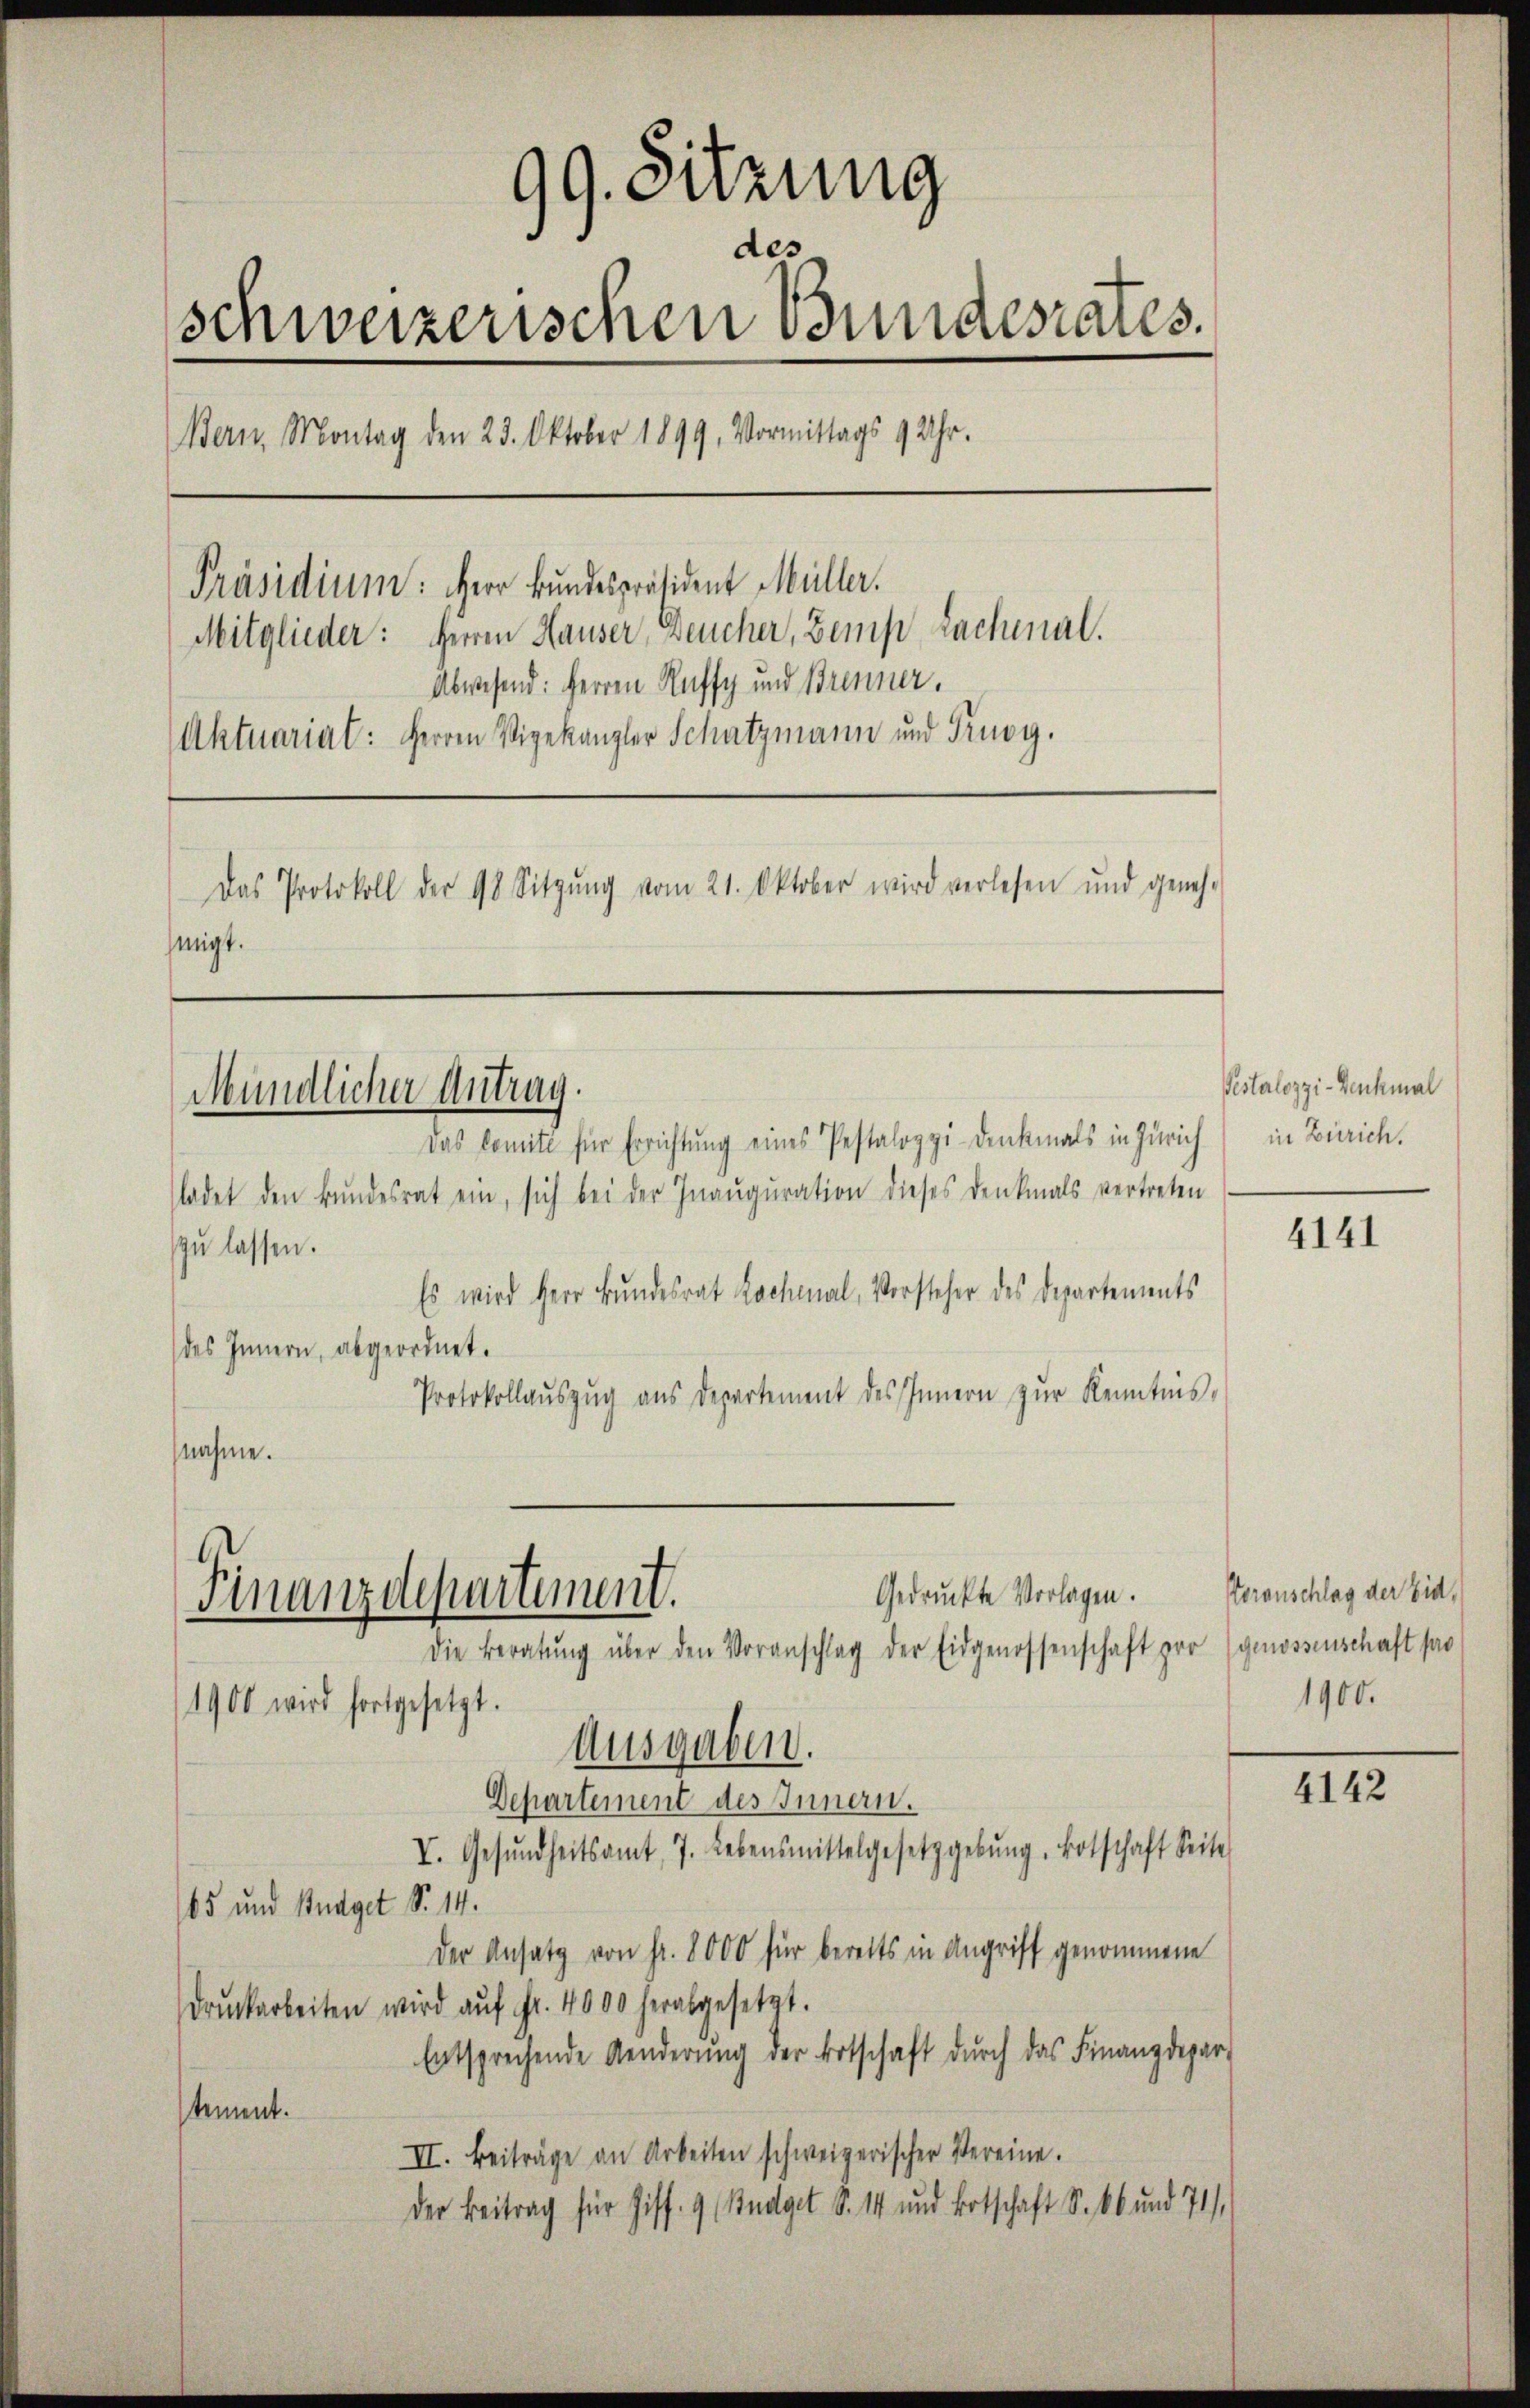
99. Sitzung
des
schweizerischen Bundesrates.
Bern, Montag den 23. Oktober 1899, Vormittags 9 Uhr.
Präsidium: Herr Bundespräsident Müller.
Mitglieder: Herren Hauser Deucher, Zemp Lachenal.
Abwesend: Herren Recht und Brenner.
Aktuariat: Herrn Vigekanzler Schatzmann und Prugg.
Das Protokoll der 98 Sitzŭng vom 21. Oktober wird verlesen und geneh-
hmigt.

Mündlicher Antrag.

Das Comite für Errichtung eines Pestalozzi-Denkmals in Zürich
ladet den Bundesrat ein, sich bei der Inauguration dieses Denkmals vertreten
zu lassen.
Es wird Herr Bundesrat Lochmal, Vorsteher des Departements
des Innern, abgeordnet.
Protokollaŭszŭg ans Departement des Innern zŭr Kenntnis,
nahme.

Gedruckte Vorlagen.
Finanzdepartiment.
Die Beratŭng über den Voranschlag der Eidgenossenschaft pro (genossenschaft pro
1900 wird fortgesetzt.
Ausgaben.

Departement des Innern.
V. Gesŭndheitsamt 7. Lebensmittelgesetzgebung. Botschaft Seite
185 und Budget S. 14.
Der Ansatz von fr. 8000 für beretts in Angriff genommene
Druckarbeiten wird aŭf Fr. 4000 herabgesetzt.
Entsprechende Aenderŭng der Botschaft durch das Finanzdepar
stement.
II. Beiträge an Arbeiten schweizerischer Vereine.
Der Beitrag für Ziff. 9 (Budget S. 14 und Botschaft S. 66 und 71),

Pestalozzi-Denkmal
in Zürich.

4141

Voranschlag der Eid,
1900.

4142